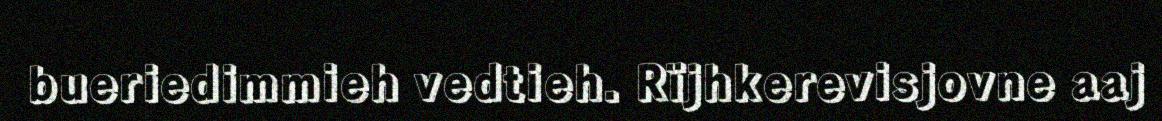
bueriedimmieh vedtieh. Rïjhkerevisjovne aaj